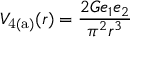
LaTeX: V _ { \mathrm { 4 ( a ) } } ( r ) = \frac { 2 G e _ { 1 } e _ { 2 } } { \pi ^ { 2 } r ^ { 3 } }